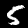
Label: 5